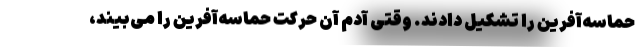
حماسه‌آفرین را تشکیل دادند. وقتی آدم آن حرکت حماسه‌آفرین را می‌بیند،